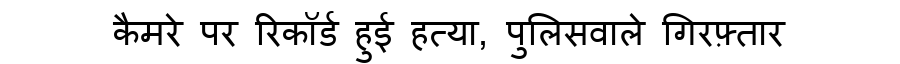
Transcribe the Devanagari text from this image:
कैमरे पर रिकॉर्ड हुई हत्या, पुलिसवाले गिरफ़्तार